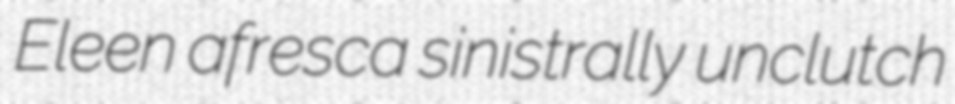
Eleen afresca sinistrally unclutch